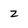
Character: Z